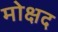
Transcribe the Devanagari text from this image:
मोक्षद